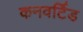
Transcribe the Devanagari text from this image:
कनवर्टिड